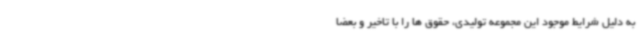
به دلیل شرایط موجود این مجموعه تولیدی، حقوق ها را با تاخیر و بعضا